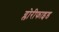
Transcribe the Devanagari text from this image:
ग्लोरीफाइड